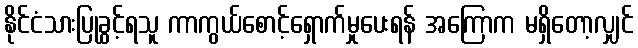
နိုင်ငံသားပြုခွင့်ရသူ ကာကွယ်စောင့်ရှောက်မှုပေးရန် အကြောက မရှိတော့လျှင်